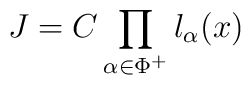
J = C \prod_{\alpha \in \Phi^{+}} l_{\alpha}(x)